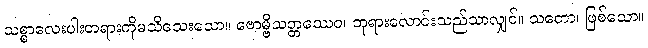
သစ္စာလေးပါးတရားကိုမသိသေးသော။ ဗောမ္ဗိသတ္တဿေဝ၊ ဘုရားလောင်းသည်သာလျှင်။ သတော၊ ဖြစ်သော။